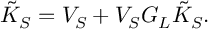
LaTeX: \tilde { K } _ { S } = V _ { S } + V _ { S } G _ { L } \tilde { K } _ { S } .